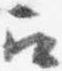
召